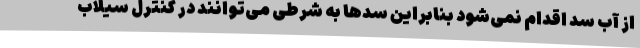
از آب سد اقدام نمی‌شود بنابراین سدها به شرطی می‌توانند در کنترل سیلاب